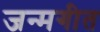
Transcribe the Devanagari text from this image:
जन्मगीत